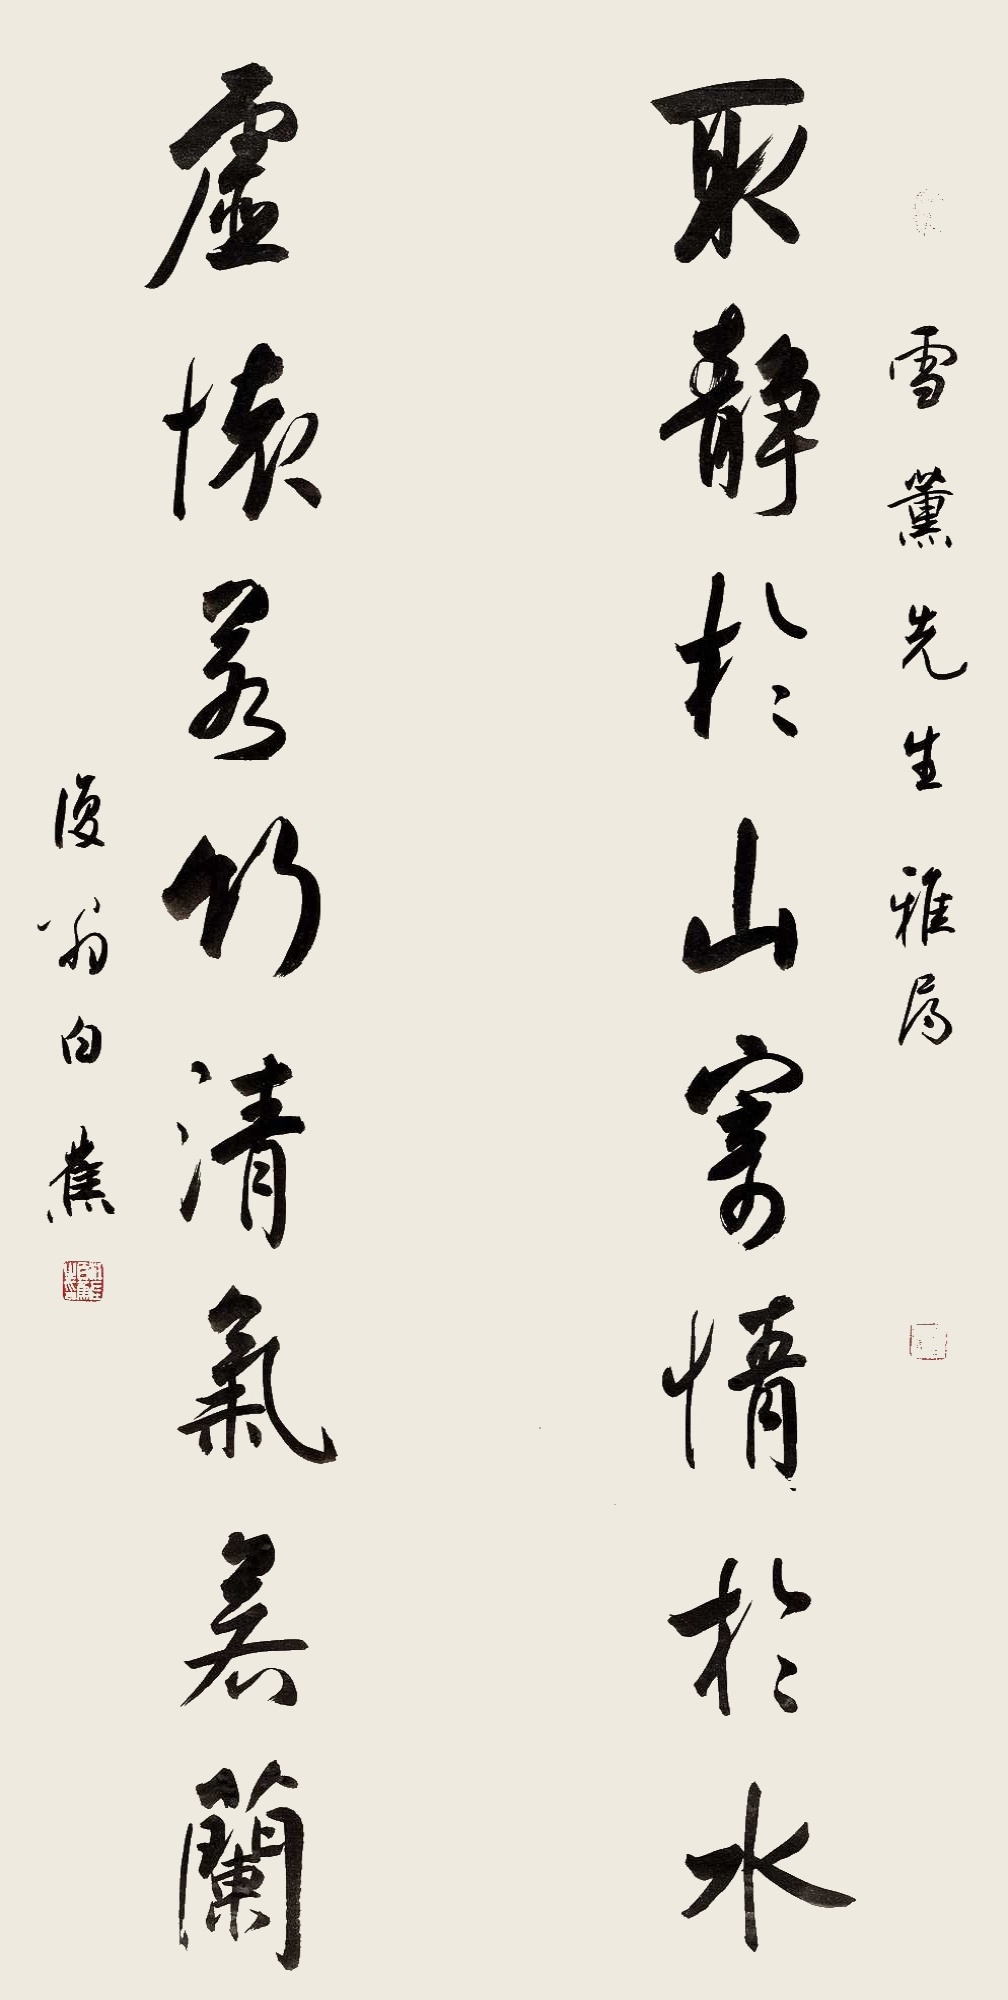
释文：取静于山寄情于水，虚怀若竹清气若兰。雪薰先生雅属。复翁白蕉。